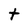
Character: t